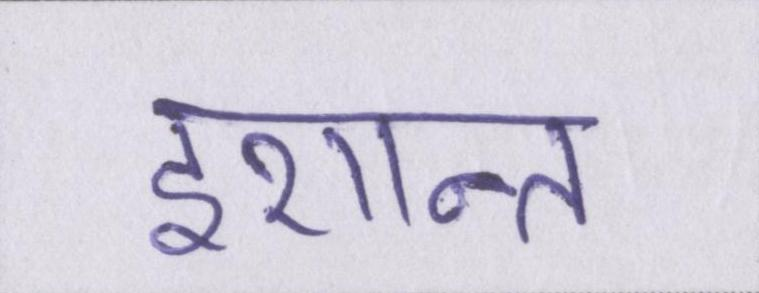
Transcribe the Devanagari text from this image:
इशान्त